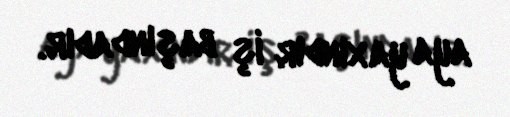
aya yaxındır iş başındadır.